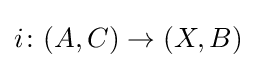
i\colon (A,C)\to (X,B)